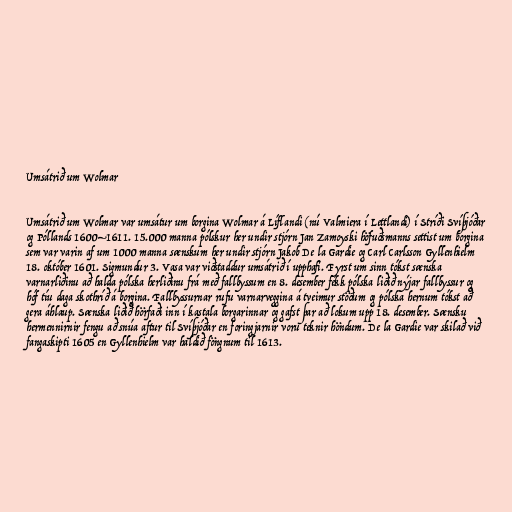
Umsátrið um Wolmar

Umsátrið um Wolmar var umsátur um borgina Wolmar á Líflandi (nú Valmiera í Lettlandi) í Stríði Svíþjóðar
og Póllands 1600–1611. 15.000 manna pólskur her undir stjórn Jan Zamoyski höfuðsmanns settist um borgina
sem var varin af um 1000 manna sænskum her undir stjórn Jakob De la Gardie og Carl Carlsson Gyllenhielm
18. október 1601. Sigmundur 3. Vasa var viðstaddur umsátrið í upphafi. Fyrst um sinn tókst sænska
varnarliðinu að halda pólska herliðinu frá með fallbyssum en 8. desember fékk pólska liðið nýjar fallbyssur og
hóf tíu daga skothríð á borgina. Fallbyssurnar rufu varnarveggina á tveimur stöðum og pólska hernum tókst að
gera áhlaup. Sænska liðið hörfaði inn í kastala borgarinnar og gafst þar að lokum upp 18. desember. Sænsku
hermennirnir fengu að snúa aftur til Svíþjóðar en foringjarnir voru teknir höndum. De la Gardie var skilað við
fangaskipti 1605 en Gyllenhielm var haldið föngnum til 1613.